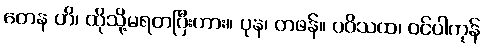
တေန ဟိ၊ ထိုသို့မရတပြီးကား။ ပုန၊ တဖန်။ ပဝိသထ၊ ဝင်ပါကုန်